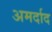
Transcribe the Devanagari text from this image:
अमर्दाद